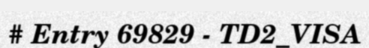
# Entry 69829 - TD2_VISA